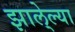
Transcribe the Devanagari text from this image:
झाले्ल्या